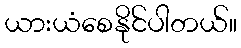
ယားယံစေနိုင်ပါတယ်။